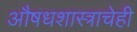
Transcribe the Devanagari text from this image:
औषधशास्त्राचेही